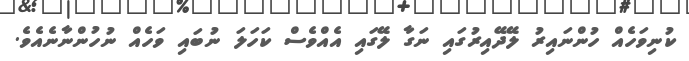
ކުނިވަހެއް ހުންނައިރު ލޭދޭއިރުގައި ނަގާ ލޭގައި އެއްވެސް ކަހަލަ ނުބައި ވަހެއް ނުހުންނާނެއެވެ.